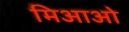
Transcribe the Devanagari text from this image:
मिआओ